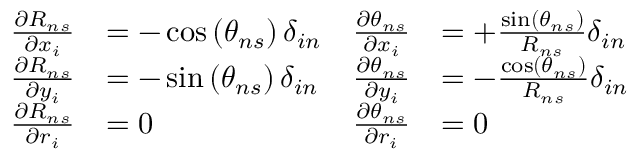
\begin{array} { r l r l } { \frac { \partial R _ { n s } } { \partial x _ { i } } } & { = - \cos \left( \theta _ { n s } \right) \delta _ { i n } } & { \frac { \partial \theta _ { n s } } { \partial x _ { i } } } & { = + \frac { \sin \left( \theta _ { n s } \right) } { R _ { n s } } \delta _ { i n } } \\ { \frac { \partial R _ { n s } } { \partial y _ { i } } } & { = - \sin \left( \theta _ { n s } \right) \delta _ { i n } } & { \frac { \partial \theta _ { n s } } { \partial y _ { i } } } & { = - \frac { \cos \left( \theta _ { n s } \right) } { R _ { n s } } \delta _ { i n } } \\ { \frac { \partial R _ { n s } } { \partial r _ { i } } } & { = 0 } & { \frac { \partial \theta _ { n s } } { \partial r _ { i } } } & { = 0 } \end{array}